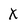
Character: X